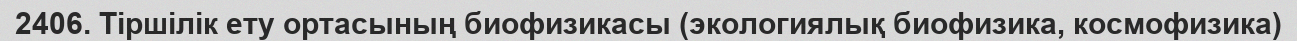
2406. Тіршілік ету ортасының биофизикасы (экологиялық биофизика, космофизика)